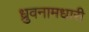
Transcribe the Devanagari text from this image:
ध्रुवनामधारी